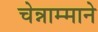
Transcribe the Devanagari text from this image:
चेन्नाम्माने